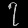
Digit: ၇